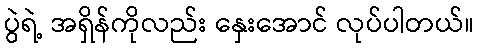
ပွဲရဲ့ အရှိန်ကိုလည်း နှေးအောင် လုပ်ပါတယ်။